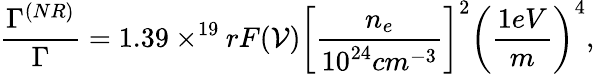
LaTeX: {\frac{\Gamma^{(NR)}}{\Gamma}}=1.39\times^{19}rF({\cal{V}})\left[{\frac{n_{e}}{10^{24}cm^{-3}}}\right]^{2}\left({\frac{1eV}{m}}\right)^{4},